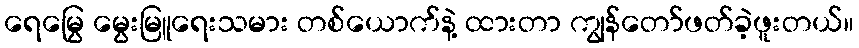
ရေမြွေ မွေးမြူရေးသမား တစ်ယောက်နဲ့ ထားတာ ကျွန်တော်ဖတ်ခဲ့ဖူးတယ်။